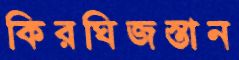
কিরঘিজস্তান